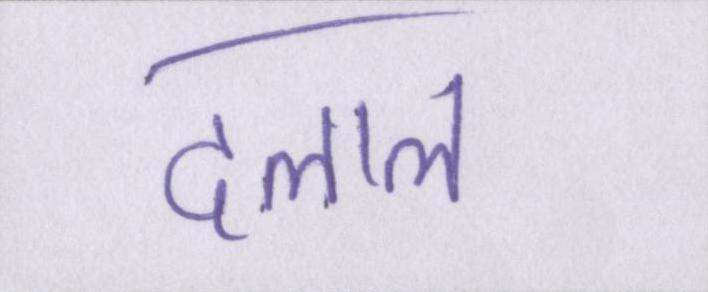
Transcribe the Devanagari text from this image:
दलाल